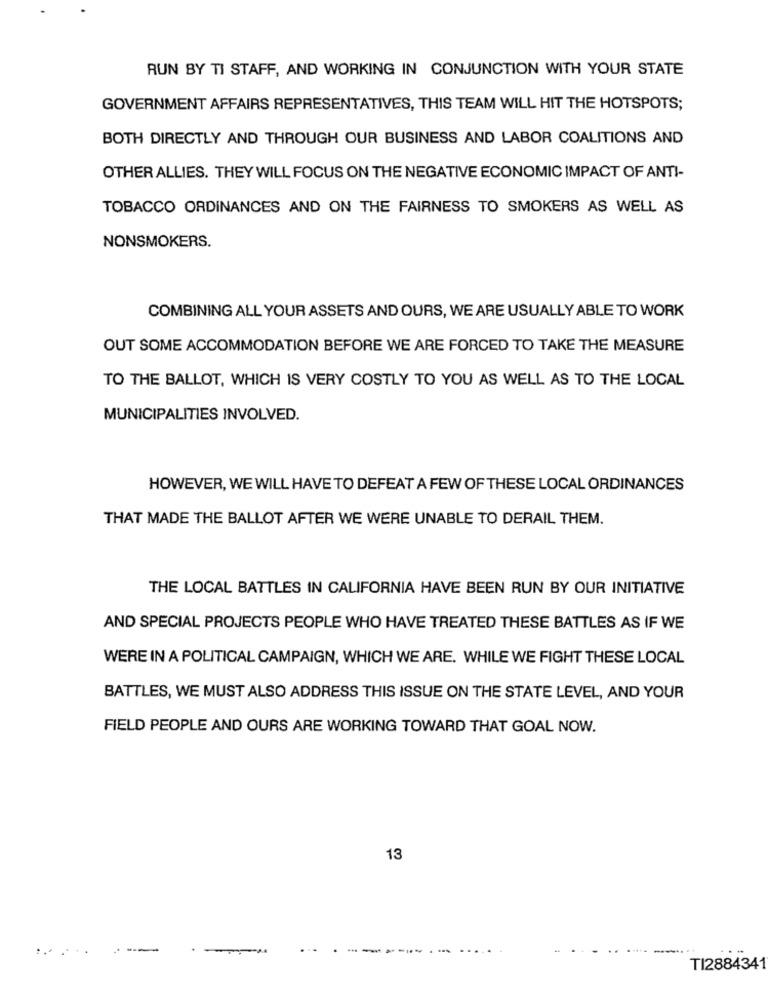
RUN BY TI STAFF, AND WORKING IN CONJUNCTION WITH YOUR STATE
GOVERNMENT AFFAIRS REPRESENTATIVES, THIS TEAM WILL HIT THE HOTSPOTS;
BOTH DIRECTLY AND THROUGH OUR BUSINESS AND LABOR COALITIONS AND
OTHER ALLIES. THEY WILL FOCUS ON THE NEGATIVE ECONOMIC IMPACT OF ANTI-
TOBACCO ORDINANCES AND ON THE FAIRNESS TO SMOKERS AS WELL AS
NONSMOKERS.
COMBINING ALL YOUR ASSETS AND OURS, WE ARE USUALLY ABLE TO WORK
OUT SOME ACCOMMODATION BEFORE WE ARE FORCED TO TAKE THE MEASURE
TO THE BALLOT, WHICH IS VERY COSTLY TO YOU AS WELL AS TO THE LOCAL
MUNICIPALITIES INVOLVED.
HOWEVER, WE WILL HAVE TO DEFEAT A FEW OF THESE LOCAL ORDINANCES
THAT MADE THE BALLOT AFTER WE WERE UNABLE TO DERAIL THEM.
THE LOCAL BATTLES IN CALIFORNIA HAVE BEEN RUN BY OUR INITIATIVE
AND SPECIAL PROJECTS PEOPLE WHO HAVE TREATED THESE BATTLES AS IF WE
WERE IN A POLITICAL CAMPAIGN, WHICH WE ARE. WHILE WE FIGHT THESE LOCAL
BATTLES, WE MUST ALSO ADDRESS THIS ISSUE ON THE STATE LEVEL, AND YOUR
FIELD PEOPLE AND OURS ARE WORKING TOWARD THAT GOAL NOW.
13
-
--
-
TI2884341